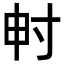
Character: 𡬤